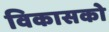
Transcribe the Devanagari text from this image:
विकासको